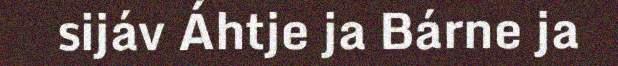
sijáv Áhtje ja Bárne ja